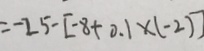
= - 2 5 - [ - 8 + 0 . 1 \times ( - 2 ) ]